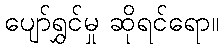
ပျော်ရွှင်မှု ဆိုရင်ရော။